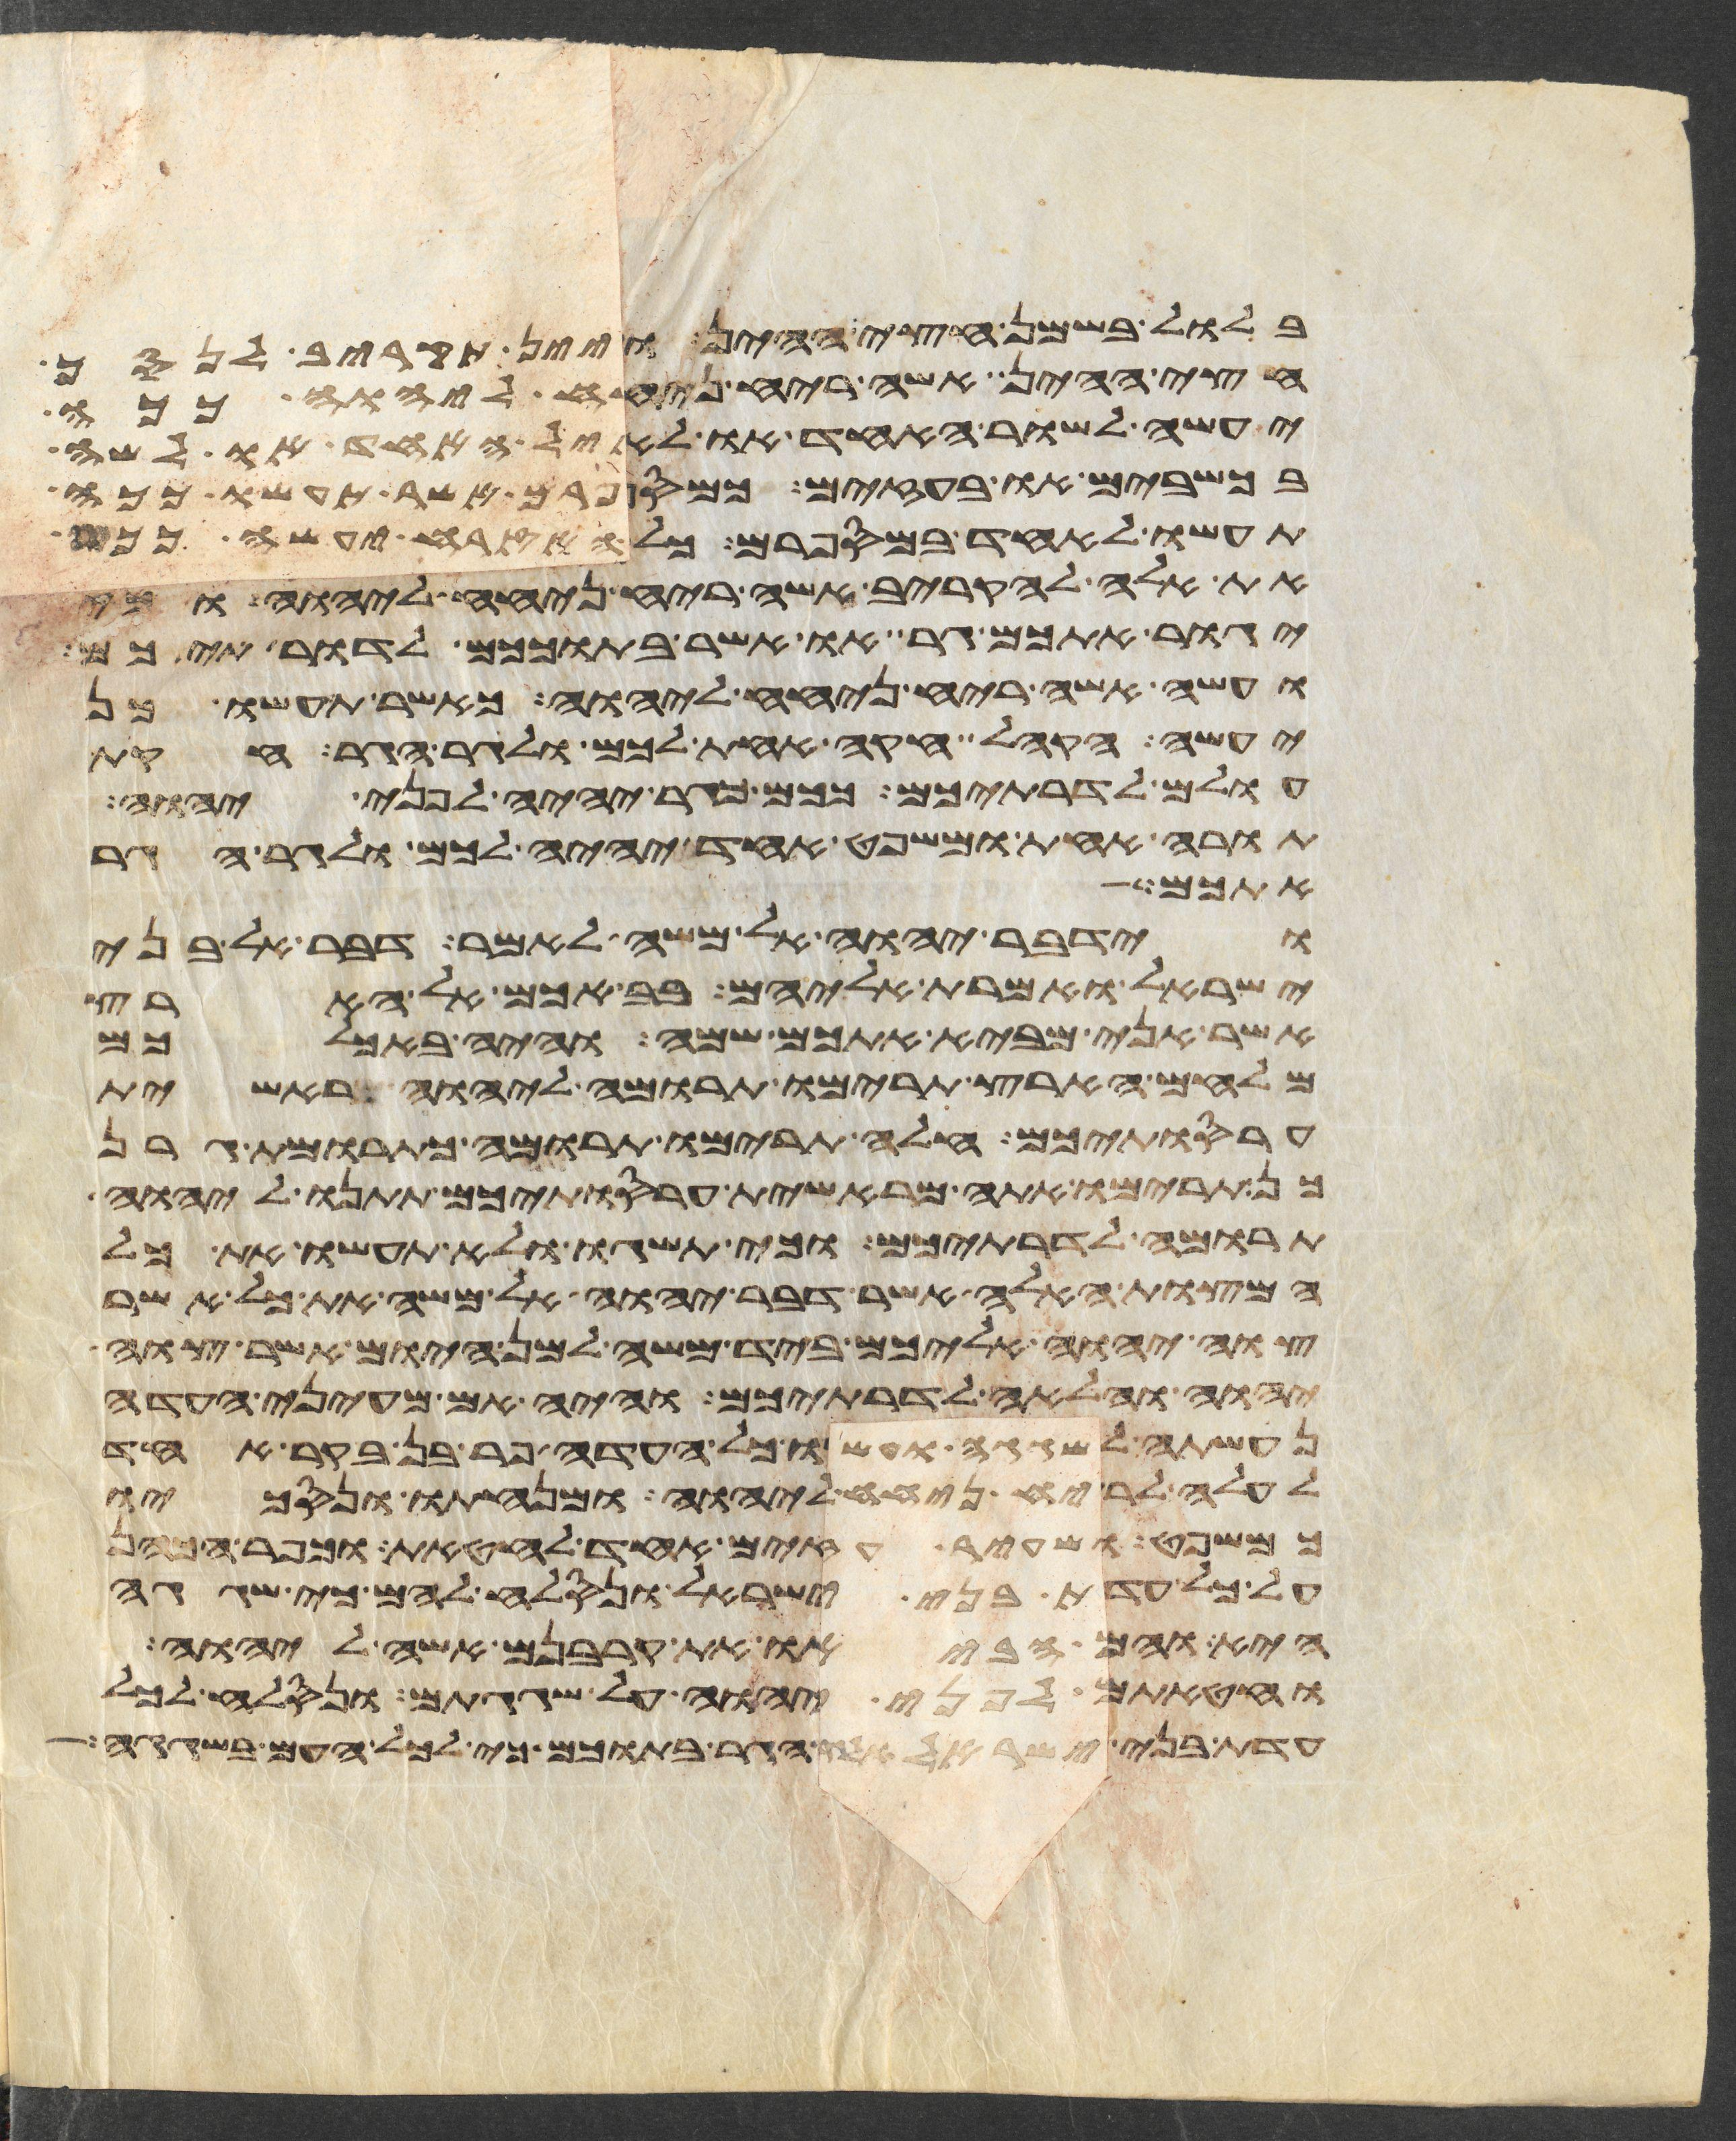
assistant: בלול בשמן חצי ההין ויין תקריב לנסך
חצי ההין אשה ריח ניחח ליהוה ככה
יעשה לשור האחד או לאיל האחד או לשה
בכשבים או בעזים כמספרם אשר תעשו ככה
תעשו לאחד במספרם כל האזרח יעשה ככה
את אלה להקריב אשה ריח ניחח ליהוה וכי
יגור אתכם גר או אשר בתוככם לדרתיכם
ועשה אשה ריח ניחח ליהוה כאשר תעשו כן
יעשה הקהל חקה אחת לכם ולגר הגר חקת
עולם לדרתיכם ככם כגר יהיה לפני יהוה
תורה אחת ומשפט אחד יהיה לכם ולגר הגר
אמש
וידבר יהוה אל משה לאמר דבר אל בני
ישראל ואמרת אליהם בבאכם אל הארץ
אשר אני מביא אתכם שמה והיה באכלכם
מלחם הארץ תרימו תרומה ליהוה ראשית
עריסתיכם חלה תרימו תרומה כתרומת גרן
כן תרימו אתה מראשית עריסתיכם תתנו ליהוה
תרומה לדרתיכם וכי תשגו ולא תעשו את כל
המצות האלה אשר דבר יהוה אל משה את כל אשר
צוה יהוה אליכם ביד משה למן היום אשר צוה
יהוה והלאה לדרתיכם והיה אם מעיני העדה
נעשתה לשגגה ועשו כל העדה פר בן בקר אחד
לעלה לריח ניחח ליהוה ומנחתו ונסכו
כמשפט ושעיר עזים אחד לחטאת וכפר הכהן
על כל עדת בני ישראל ונסלח להם כי שגגה
היא והם הביאו את קרבנם אשה ליהוה
וחטאתם לפני יהוה על שגגתם ונסלח לכל
עדת בני ישראל ולגר הגר בתוכם כי לכל העם בשגגה